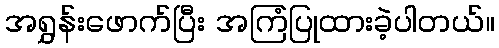
အရွှန်းဖောက်ပြီး အကြံပြုထားခဲ့ပါတယ်။